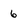
Character: 6